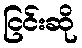
ငြင်းဆို